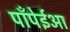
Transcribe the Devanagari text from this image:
पाँपेईआ